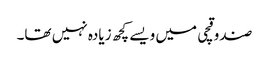
صندوقچی میں ویسے کچھ زیادہ نہیں تھا۔